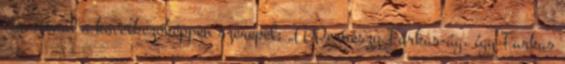
címszónál a következőképpen szerepel: „A Perneszy Farkas-ág, így Farkas